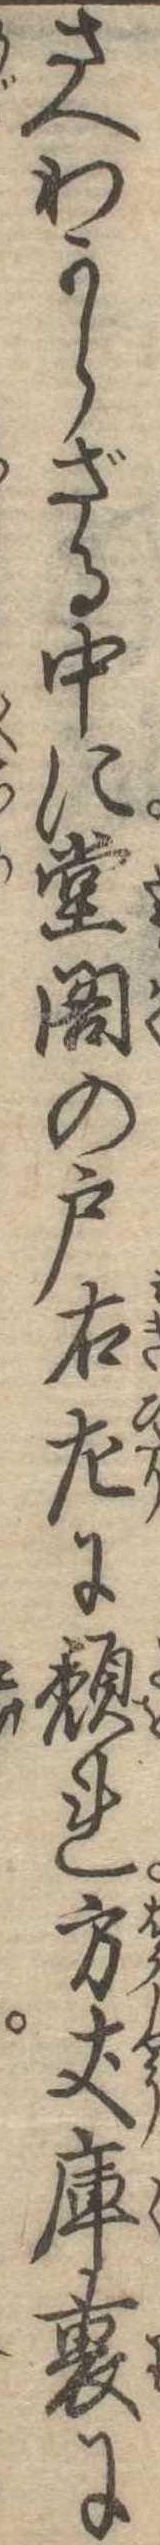
さへわからざる中に堂閣の戸右左に頽れ方丈庫裏に